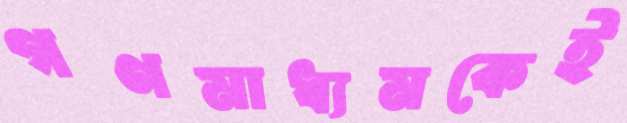
গণমাধ্যমকেই